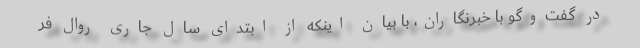
در گفت‌وگو با خبرنگاران، با بیان اینکه از ابتدای سال جاری روال فر